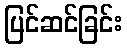
ပြင်ဆင်ခြင်း